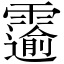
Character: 𫕲